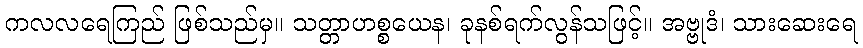
ကလလရေကြည် ဖြစ်သည်မှ။ သတ္တာဟစ္စယေန၊ ခုနစ်ရက်လွန်သဖြင့်။ အဗ္ဗုဒံ၊ သားဆေးရေ